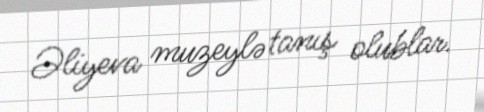
Əliyeva muzeylə tanış olublar.